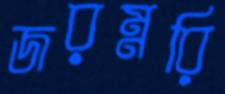
জরম্নরি